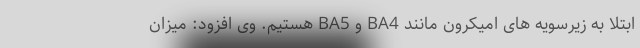
ابتلا به زیرسویه های اُمیکرون مانند BA4 و BA5 هستیم. وی افزود: میزان